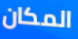
المكان